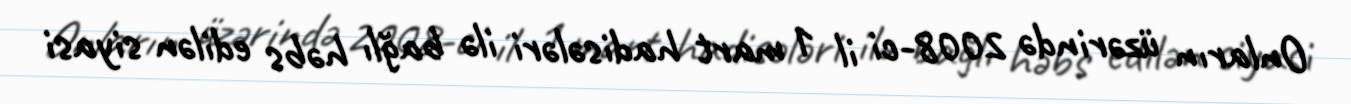
Onların üzərində 2008-ci il 1 mart hadisələri ilə bağlı həbs edilən siyasi